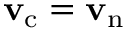
{ \mathbf { v } _ { \mathrm { c } } } = { \mathbf { v } _ { \mathrm { n } } }